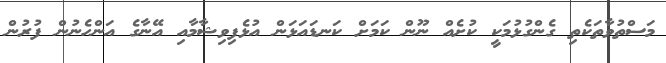
މަސްތުވާތަކެތި ގެންގުޅުމަކީ ކުށެއް ނޫން ކަމަށް ކަނޑައަޅަން އުޅެފިވިޝާމާއި އޭނާގެ އަންހެނުން ފުރުން